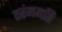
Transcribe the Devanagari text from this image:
तरंगगति